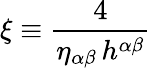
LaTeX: \xi\equiv\frac{4}{\eta_{\alpha\beta}\, h^{\alpha\beta}}